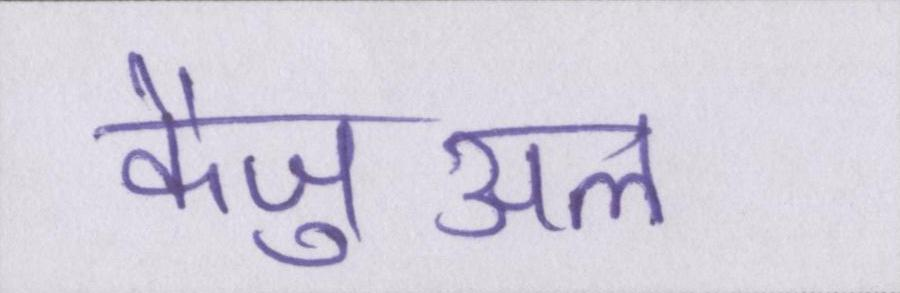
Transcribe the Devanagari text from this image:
कैज़ुअल